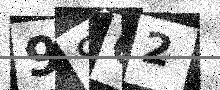
Text: 9S02